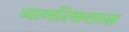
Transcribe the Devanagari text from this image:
नागरिकशास्र